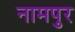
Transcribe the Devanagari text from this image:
नामपुर